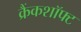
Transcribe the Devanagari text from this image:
क्रैंकशॉफ्ट